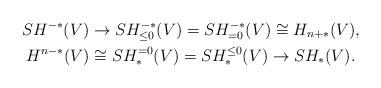
LaTeX: \begin{gather*} SH^{-*}(V)\to SH^{-*}_{\leq 0}(V) = SH^{-*}_{=0}(V)\cong H_{n+*}(V), \cr H^{n-*}(V) \cong SH_*^{=0}(V) = SH_*^{\leq 0}(V) \to SH_*(V).\end{gather*}